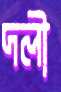
দলী